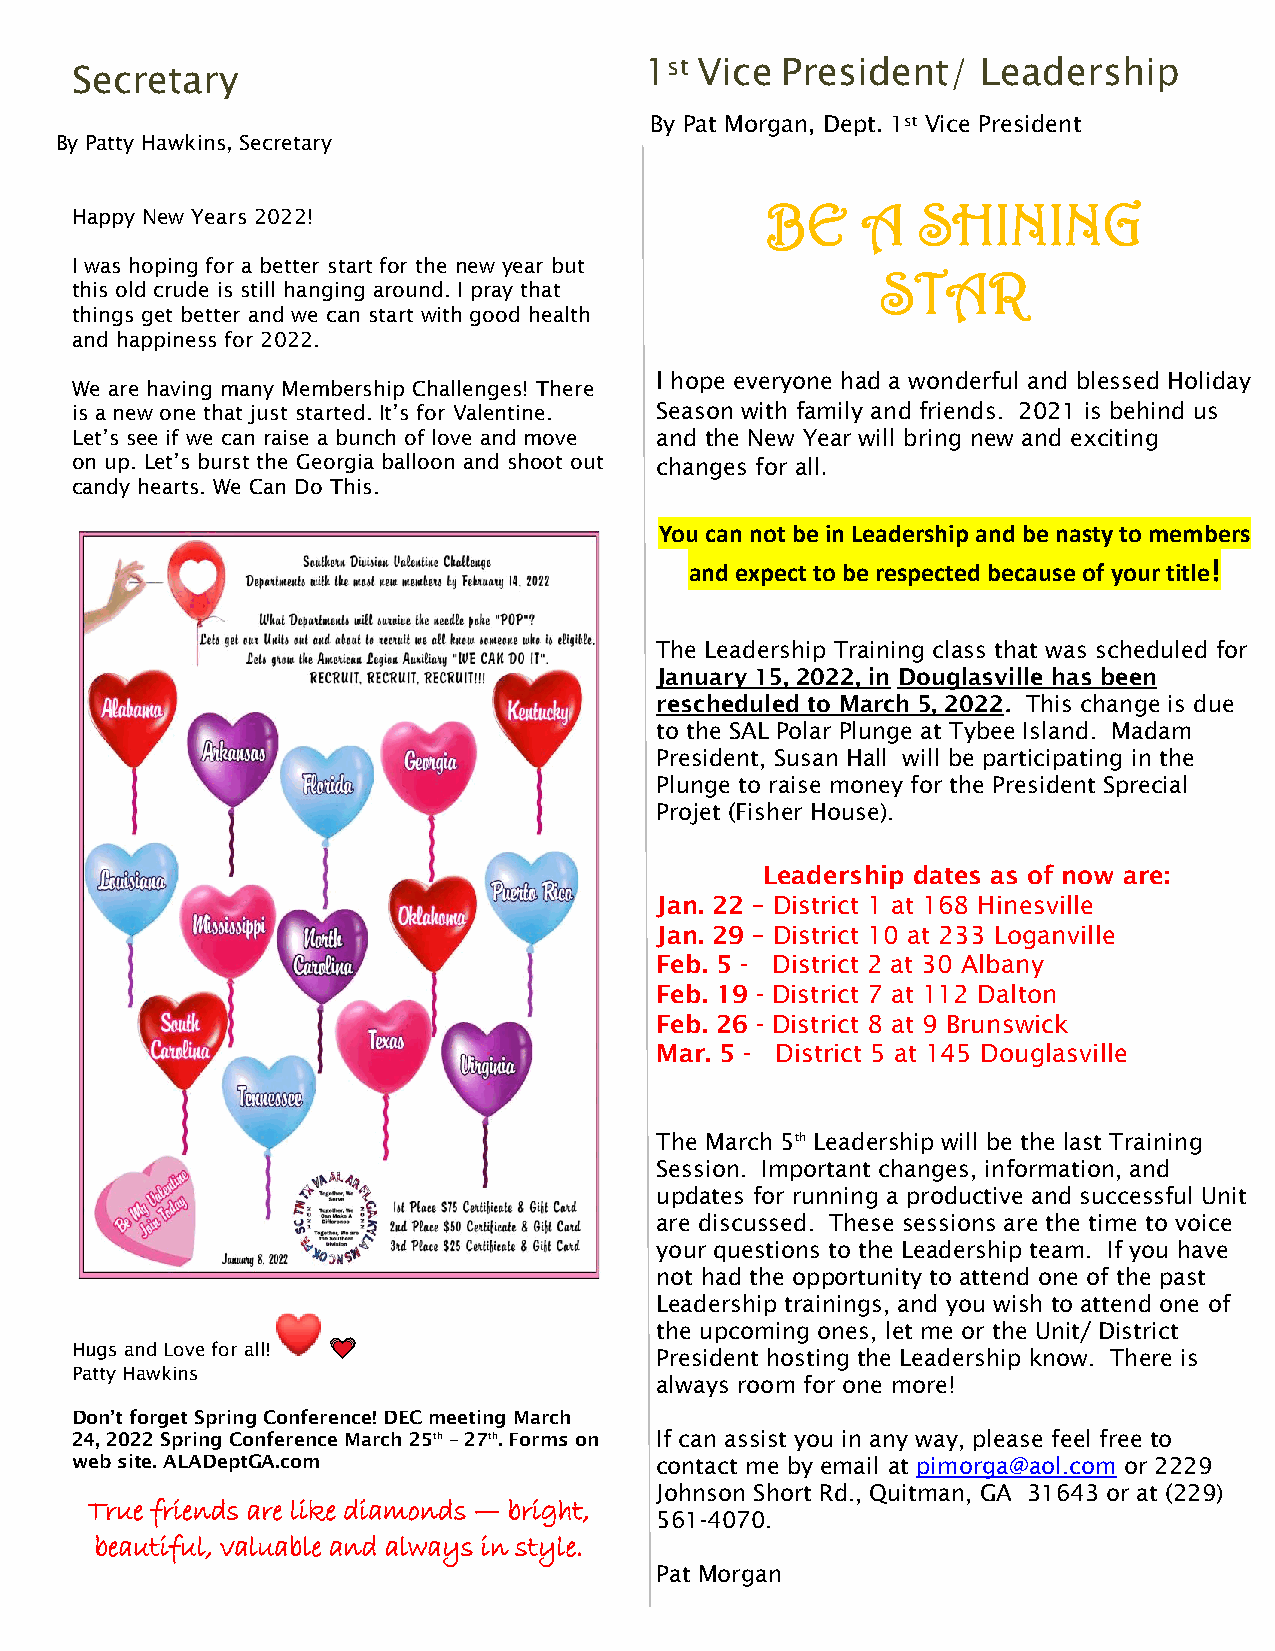
1st Vice President/   Leadership
 Secretary
 By Pat Morga n, Dept. 1st Vice President
 By Patty Hawkins, Secretary
 Happy New Years 2022!
 BE    A   SHINING
 I was hoping for a better start for the new year but
 STAR
 th is old crude is still hanging around. I pray that
 th ings get better and we can start with good health
 and happiness for 2022.
 I hope everyone had a wonderful and blessed Holiday
 We are having many Membership Challenges! There
 is a new one that just started. It’s for Valentine. Season with family and friends. 2021 is behind us
 Let’s see if we can raise a bunch of love and move and the New Year will bring new and exciting
 on up. Let’s burst the Georgia balloon and shoot out changes for all.
 candy hearts. We Can Do This.
 You can not be in Leadership and be nasty to members
 and expect to be respected because of your title!
 The Leadership Training class that was scheduled for
 January 15, 2022, in Douglasville has been
 rescheduled to March 5, 2022. This change is due
 to the SAL Polar Plunge at Tybee Island. Madam
 President, Susan Hall will be participating in the
 Plunge to raise money for the President Sprecial
 Projet (Fisher House).
 Leadership dates as of now are:
 Jan. 22 – District 1 at 168 Hinesville
 Jan. 29 – District 10 at 233 Loganville
 Feb. 5 - District 2 at 30 Albany
 Feb. 19 - District 7 at 112 Dalton
 Feb. 26 - District 8 at 9 Brunswick
 Mar. 5 - District 5 at 145 Douglasville
 The March 5th Leadership will be the last Training
 Session. Important changes, information, and
 updates for running a productive and successful Unit
 are discussed. These sessions are the time to voice
 your questions to the Leadership team. If you have
 not had the opportunity to attend one of the past
 Leadership trainings, and you wish to attend one of
 the upcoming ones, let me or the Unit/ District
 Hugs and Love for all!
 President hosting the Leadership know. There is
 Patty Hawkins
 always room for one more!
 Don’t forget Spring Conference! DEC meeting March
 24, 2022 Spring Conference March 25th – 27th. Forms on If can assist you in any way, please feel free to
 web site. ALADeptGA.com               contact me by email at pimorga@aol.com or 2229
 Johnson Short Rd., Quitman, GA 31643 or at (229)
 True friends are like diamonds — bright,
 561-4070.
 beautiful, valuable and always in style.
 Pat Morgan